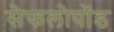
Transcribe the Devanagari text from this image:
सेफलोपॉड